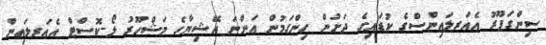
ސިންގަޕޫރު އެއަރލައިންސްގެ ކުޑައިގެ ދަށުން ހިންގަމުން އަންނަ އޭޝިޔާގެ މަޝްހޫރު ލޯ-ކޮސްޓް އެއަރލައިން